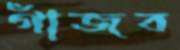
গাঁজব